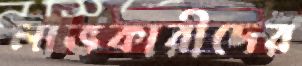
লাভকারীদের